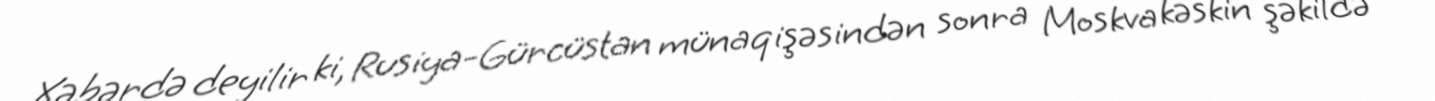
Xəbərdə deyilir ki, Rusiya-Gürcüstan münaqişəsindən sonra Moskva kəskin şəkildə